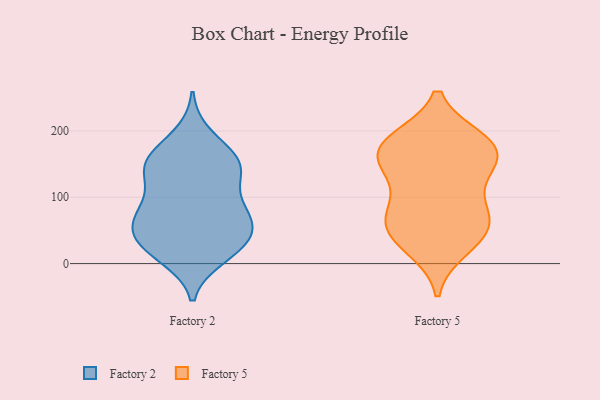
{"axis": {"x": "Customer Acquisition Cost (USD)", "y": "Value"}, "legend": ["Factory 2", "Factory 5"], "data": [{"x": "", "y": 75, "type": "Factory 2"}, {"x": "", "y": 11, "type": "Factory 2"}, {"x": "", "y": 74, "type": "Factory 2"}, {"x": "", "y": 23, "type": "Factory 2"}, {"x": "", "y": 67, "type": "Factory 2"}, {"x": "", "y": 48, "type": "Factory 2"}, {"x": "", "y": 138, "type": "Factory 2"}, {"x": "", "y": 18, "type": "Factory 2"}, {"x": "", "y": 146, "type": "Factory 2"}, {"x": "", "y": 35, "type": "Factory 2"}, {"x": "", "y": 148, "type": "Factory 2"}, {"x": "", "y": 84, "type": "Factory 2"}, {"x": "", "y": 146, "type": "Factory 2"}, {"x": "", "y": 106, "type": "Factory 2"}, {"x": "", "y": 163, "type": "Factory 2"}, {"x": "", "y": 154, "type": "Factory 2"}, {"x": "", "y": 192, "type": "Factory 2"}, {"x": "", "y": 61, "type": "Factory 2"}, {"x": "", "y": 35, "type": "Factory 2"}, {"x": "", "y": 79, "type": "Factory 5"}, {"x": "", "y": 181, "type": "Factory 5"}, {"x": "", "y": 180, "type": "Factory 5"}, {"x": "", "y": 60, "type": "Factory 5"}, {"x": "", "y": 181, "type": "Factory 5"}, {"x": "", "y": 186, "type": "Factory 5"}, {"x": "", "y": 163, "type": "Factory 5"}, {"x": "", "y": 133, "type": "Factory 5"}, {"x": "", "y": 37, "type": "Factory 5"}, {"x": "", "y": 148, "type": "Factory 5"}, {"x": "", "y": 70, "type": "Factory 5"}, {"x": "", "y": 149, "type": "Factory 5"}, {"x": "", "y": 83, "type": "Factory 5"}, {"x": "", "y": 24, "type": "Factory 5"}, {"x": "", "y": 45, "type": "Factory 5"}]}